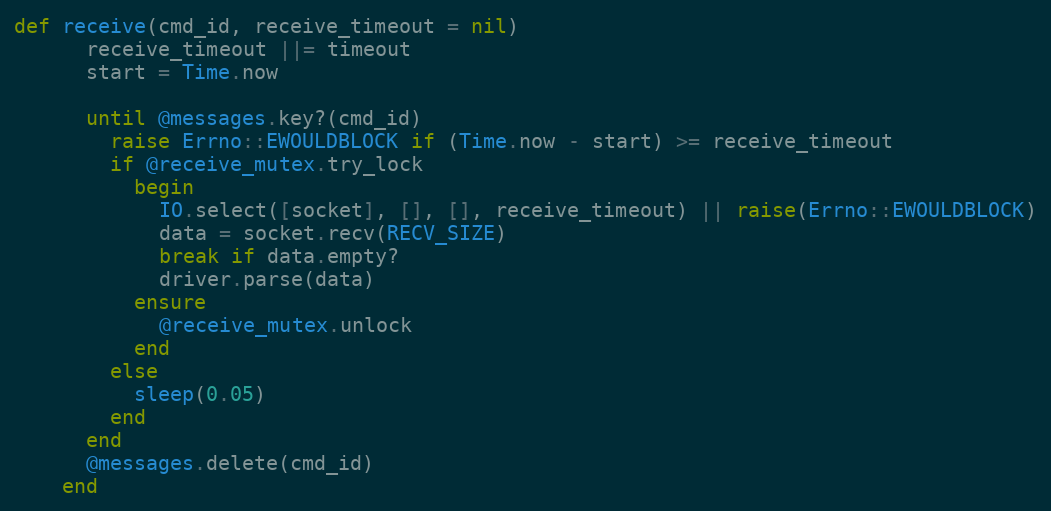
Language: Ruby
def receive(cmd_id, receive_timeout = nil)
      receive_timeout ||= timeout
      start = Time.now

      until @messages.key?(cmd_id)
        raise Errno::EWOULDBLOCK if (Time.now - start) >= receive_timeout
        if @receive_mutex.try_lock
          begin
            IO.select([socket], [], [], receive_timeout) || raise(Errno::EWOULDBLOCK)
            data = socket.recv(RECV_SIZE)
            break if data.empty?
            driver.parse(data)
          ensure
            @receive_mutex.unlock
          end
        else
          sleep(0.05)
        end
      end
      @messages.delete(cmd_id)
    end